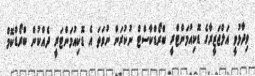
ވިދާޅުވީ އަލްޖަޒީރާގެ ޑޮކިއުމަންޓްރީ ބްރޯޑްކާސްޓް ނުކުރަން ނުވަތަ އެ ޑޮކިއުމަންޓަރީ ދެއްކުން ބްރޯޑްކޮމް